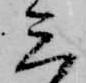
三